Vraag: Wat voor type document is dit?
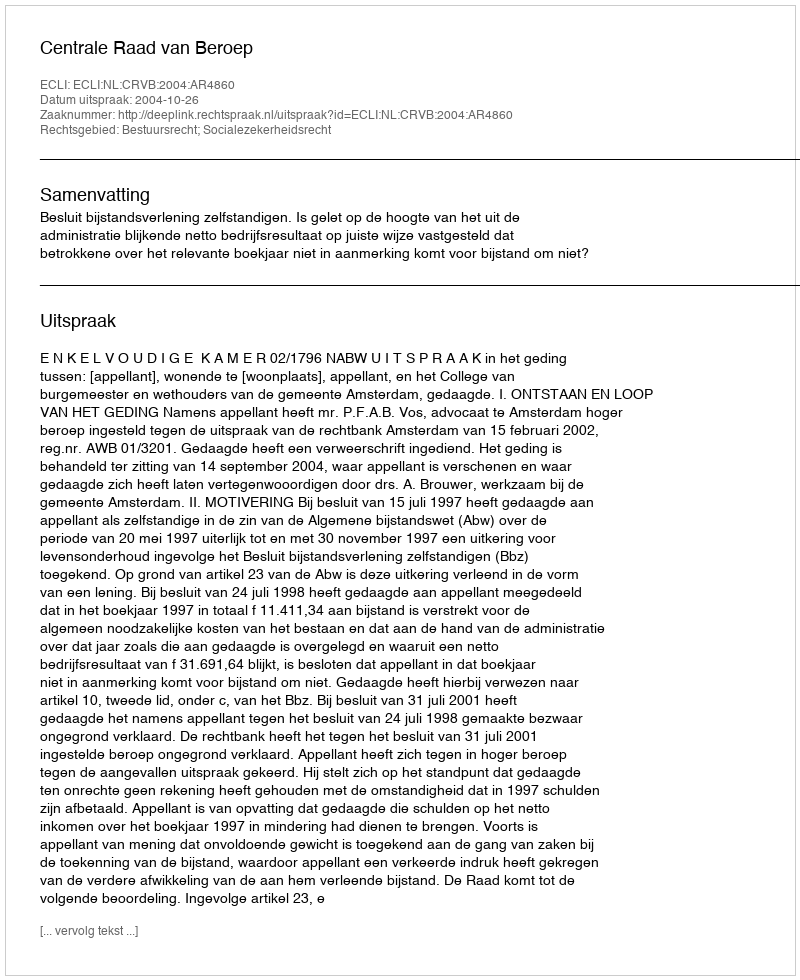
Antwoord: Uitspraak